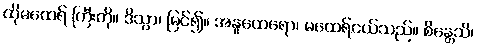
ထိုမထေရ် ကြီးကို။ ဒိသွာ၊ မြင်၍။ အနူထေရော၊ မထေရ်ငယ်သည်။ စိန္တေသိ၊